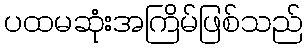
ပထမဆုံးအကြိမ်ဖြစ်သည်